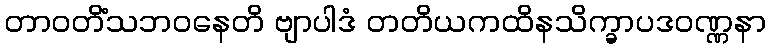
တာဝတိံသဘဝနေတိ ဗျာပါဒံ တတိယကထိနသိက္ခာပဒဝဏ္ဏနာ